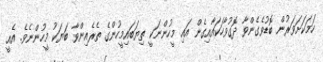
ހަމަކަށަވަރުން ބޮޑުވެގެންވާ ދޮގުވާހަކައާއިގެން އައި މީހުންނަކީ ތިޔަބައިމީހުންގެ ތެރެއިންވާ ބަޔަކު މީހުންނެވެ. އެއީ